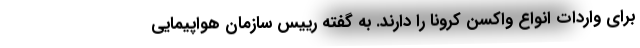
برای واردات انواع واکسن کرونا را دارند. به گفته رییس سازمان هواپیمایی